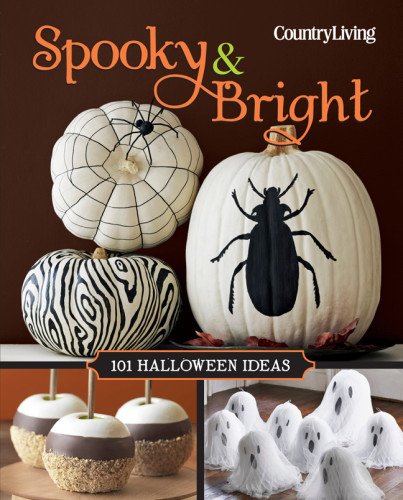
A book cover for Country Living Spooky & Bright: 101 Halloween Ideas (Country Living (Hearst)); Cookbooks, Food & Wine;